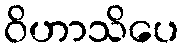
ဝိဟာသိပေ